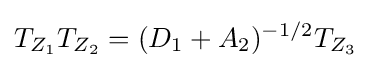
T_{Z_{1}}T_{Z_{2}}=(D_{1}+A_{2})^{-1/2}T_{Z_{3}}